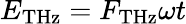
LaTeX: E_{\mathrm{{THz}}}=F_{\mathrm{{THz}}}\omega t